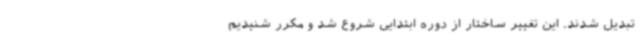
تبدیل شدند. این تغییر ساختار از دوره ابتدایی شروع شد و مکرر شنیدیم